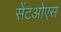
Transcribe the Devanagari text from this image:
सेंटओएस